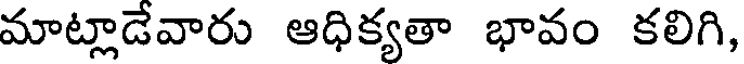
మాట్లాడేవారు ఆధిక్యతా భావం కలిగి,